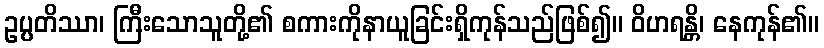
ဥပ္ပတိဿာ၊ ကြီးသောသူတို့၏ စကားကိုနာယူခြင်းရှိကုန်သည်ဖြစ်၍။ ဝိဟရန္တိ၊ နေကုန်၏။